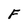
Character: F